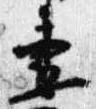
妻